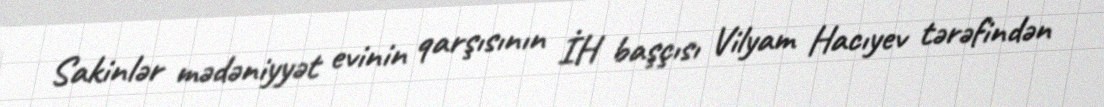
Sakinlər mədəniyyət evinin qarşısının İH başçısı Vilyam Hacıyev tərəfindən